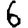
Digit: 6